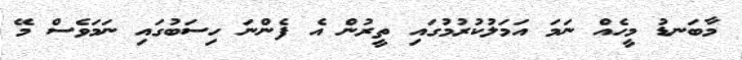
މާބަނޑު މީހެއް ނަމަ އަމަލުކުރުމުގައި ތީރުން އެ ފެންނަ ހިސަބުގައި ނަމަވެސް މޭ